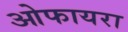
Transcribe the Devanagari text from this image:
ओफायरा